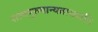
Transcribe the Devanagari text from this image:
सत्वपुरुषान्यताख्याति